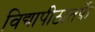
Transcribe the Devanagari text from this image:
विद्यापीठातर्फ़े